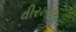
વીરખાલા